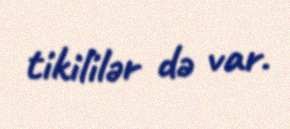
tikililər də var.